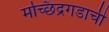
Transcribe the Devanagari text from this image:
मच्छिंद्रगडाची